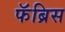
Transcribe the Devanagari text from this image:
फॅब्रिस